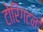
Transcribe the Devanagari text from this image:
टोरिंगटन